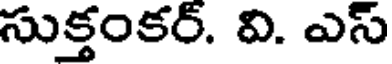
సుక్తంకర్. వి. ఎస్